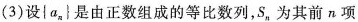
(3)设\{a_{n}\}是由正数组成的等比数列，S_{n}，为其前n项